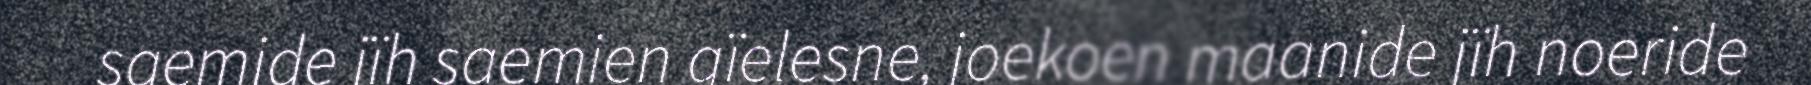
saemide jïh saemien gïelesne, joekoen maanide jïh noeride